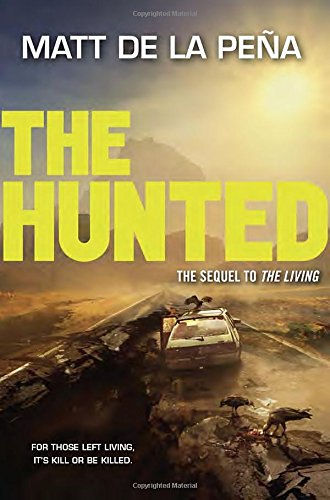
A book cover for The Hunted; Matt De La PeÃ±a; Teen & Young Adult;